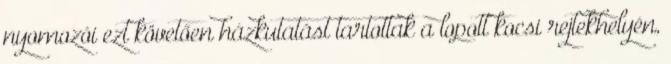
nyomozói ezt követően házkutatást tartottak a lopott kocsi rejtekhelyén,